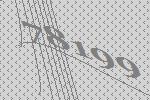
78199